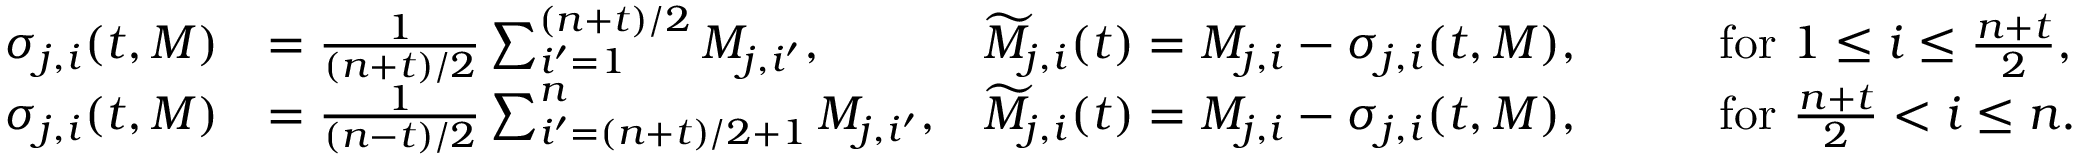
\begin{array} { r l r l } { \sigma _ { j , i } ( t , M ) } & { = \frac { 1 } { ( n + t ) / 2 } \sum _ { i ^ { \prime } = 1 } ^ { ( n + t ) / 2 } M _ { j , i ^ { \prime } } , } & { \widetilde { M } _ { j , i } ( t ) = M _ { j , i } - \sigma _ { j , i } ( t , M ) , \qquad } & { \mathrm { f o r ~ } 1 \le i \le \frac { n + t } { 2 } , } \\ { \sigma _ { j , i } ( t , M ) } & { = \frac { 1 } { ( n - t ) / 2 } \sum _ { i ^ { \prime } = ( n + t ) / 2 + 1 } ^ { n } M _ { j , i ^ { \prime } } , } & { \widetilde { M } _ { j , i } ( t ) = M _ { j , i } - \sigma _ { j , i } ( t , M ) , \qquad } & { \mathrm { f o r ~ } \frac { n + t } { 2 } < i \le n . } \end{array}